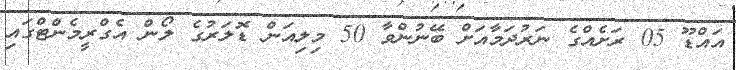
އައްޑޫ 05 ރަށެއްގެ ނަރުދަމާއަށް ބޭނުންވާ 50 މިލިއަން ޑޮލަރުގެ ލޯން އެގްރީމެންޓްގައި